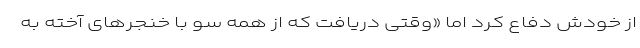
از خودش دفاع کرد اما «وقتی دریافت که از همه‌ سو با خنجرهای آخته به